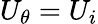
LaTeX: U_{\theta}=U_{i}